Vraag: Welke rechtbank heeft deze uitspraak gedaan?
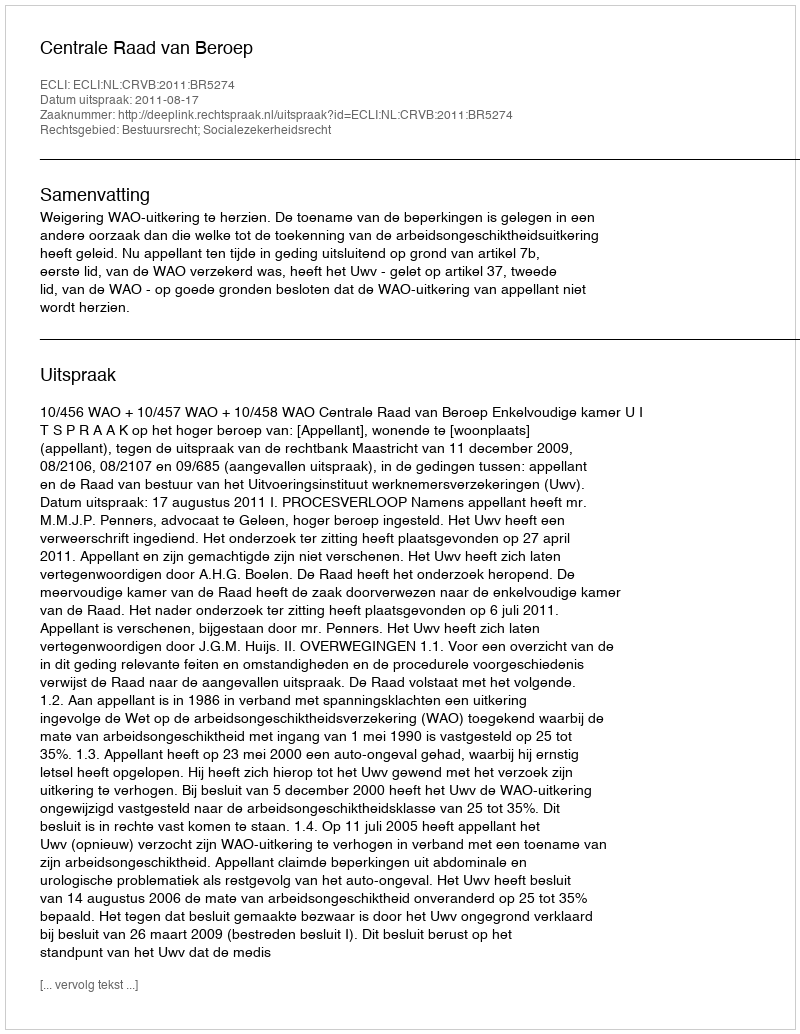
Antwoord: Centrale Raad van Beroep